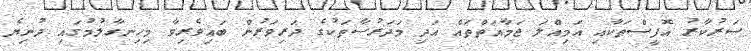
ސަރުކާރު އޮފީސްތަކާއި އަމިއްލަ ޖަމާއަތްތައް އަދި މަދަރުސާތަކުގެ ދަރިވަރުން ބައިވެރިވާ މިހިނގާލުމުގައި ދުނިޔެ